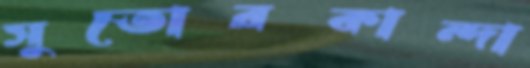
সুতোরকান্দা